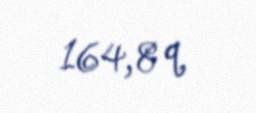
164,8 q